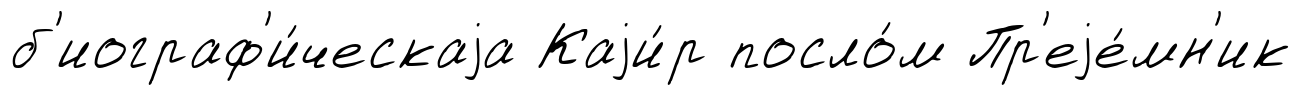
б'иограф'и́ческаjа Каjи́р посло́м Пр'еjе́мн'ик